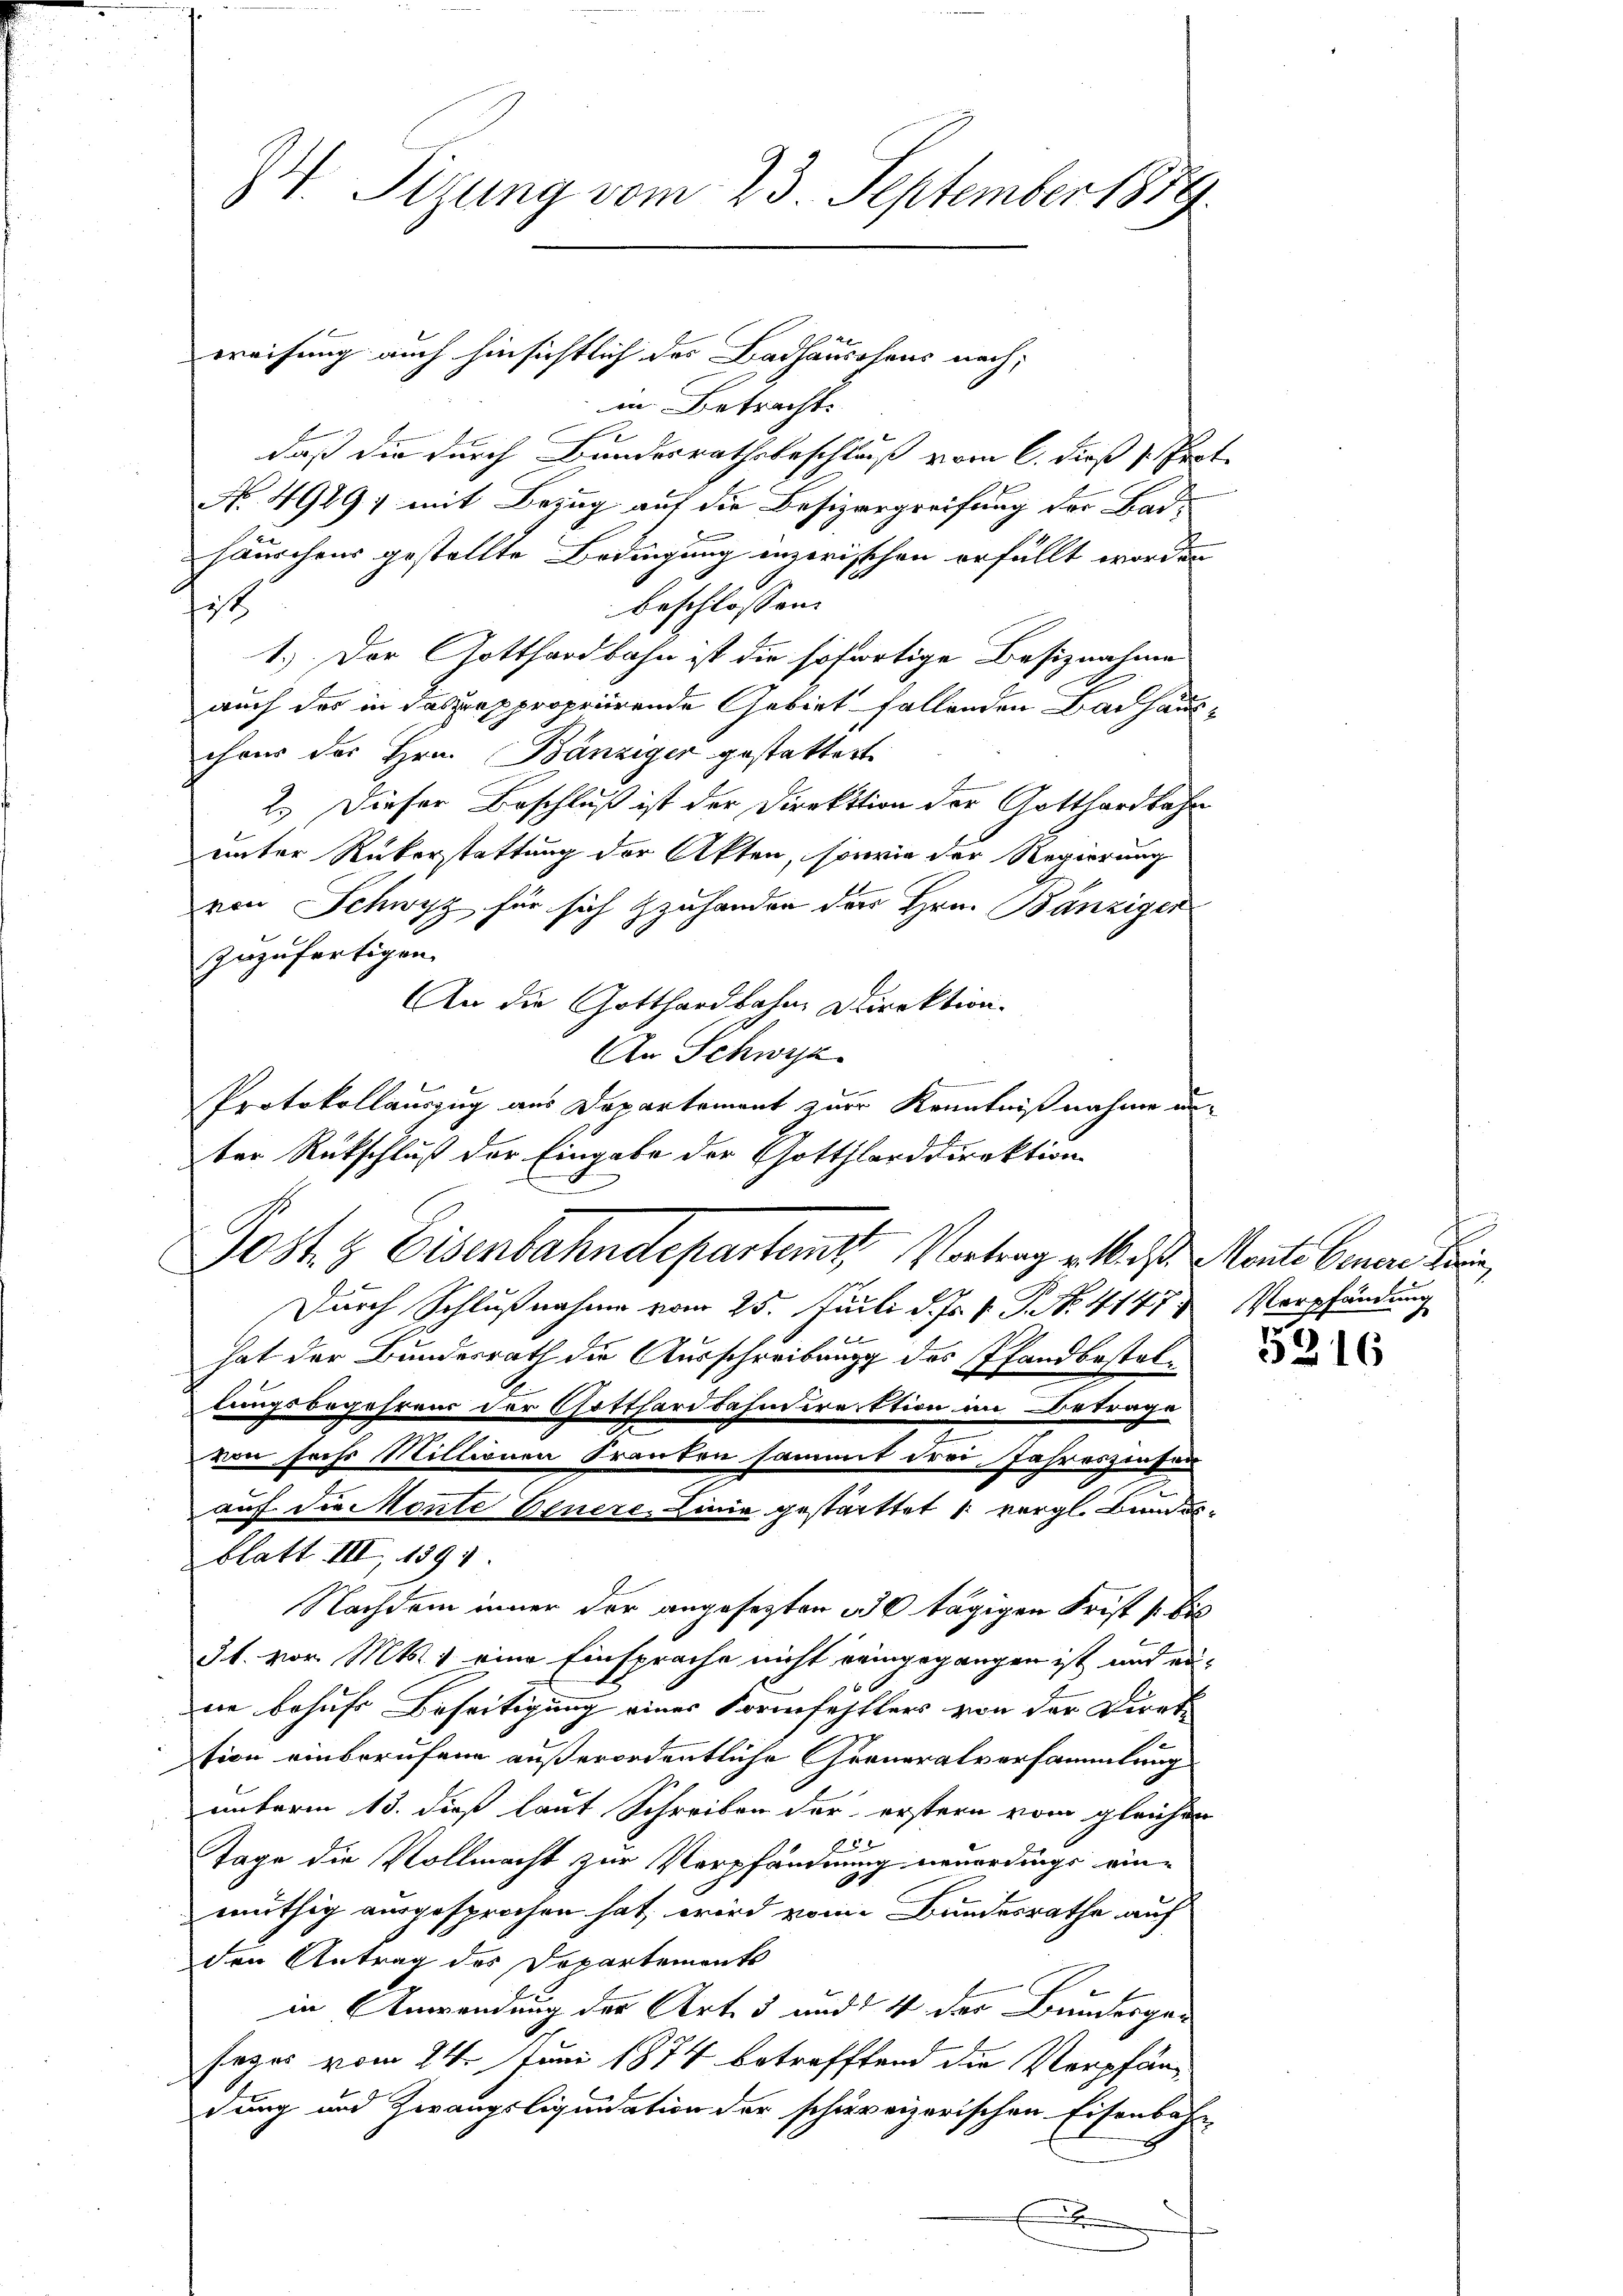
I4. Sizung vom 23. September 1889.

weisung auch hinsichtlich des Badhäuschens nach;
in Betracht.
daß die durch Bundesrathsbeschluß vom 6. dieß v. Prot.
No. 4949, mit Bezug auf die Besizergreifung der Bad-
Häuschens gestellte Bedingung anzerischen erfüllt worden
beschlossen:
sit
1.) Der Gotthardbahn ist die sofortige Besiznahme
auch der in das rappropriirende Gebiet fallenden Bauhausihrer des Hrn. Bänziger gestattett
2.) Dieser Beschluß ist der Direktion der Gotthardbahn
unter Rükerstattung der Akten, sowie der Regierung
von Schwyz, für sich zuhanden der Hrn. Bänziger
zuzufertigen.
An die Gotthardbahne Direktion.
An Schwyz
Protokollauszug aus Departement zur Kenntnißnahme anter Rückschluß der Eingabe der Gottharddirektion
Post 3 Eisenbahndepartem Vortrag etwas Mantes benen Beri
Durch Schlußnahme vom 25. Juli d. Js. v. P. No. 4147. Verpfändung
hat der Bundesrath die Ausschreibung des Pfandbestallungsbegehrens der Gotthardbahndirektion im Betrage
von sechs Millionen Franten sammt drei Jahreszinsen
auf die Monte Genere, Linie gestattet vergl. Bundesblatt III, 1891.
Nachdem inner der angesezten 130 tägigen Frist so bis
§1. vor. Mts. 1 eine Einsprache nicht reingegangen ist, und aune behufs Beseitigung eines Formfehllers von der Direk
tion einberufene außerordentliche Greneralversammlung
unterm 13. dieß laut Schreiben der erstern vom gleichen
 20 x
Tage die Vollmacht zur Verpfändung neuerdings ein-
müthig ausgesprochen hat, wird vom Bundesrathe auf
den Antrag des Departements
in Anwendung der Art. 5 und 4 der Bundesger
sezes vom 24. Juni 1874 betreffend die Verpfändung und Zwangsliquidation der schreizerischen Eisenbahn-
.

5216